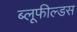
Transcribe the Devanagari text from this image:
ब्लूफील्डस